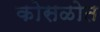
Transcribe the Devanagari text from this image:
कोसळोत